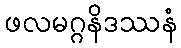
ဖလမဂ္ဂနိဒဿနံ